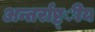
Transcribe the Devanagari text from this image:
अन्तर्राष्ट्ीय